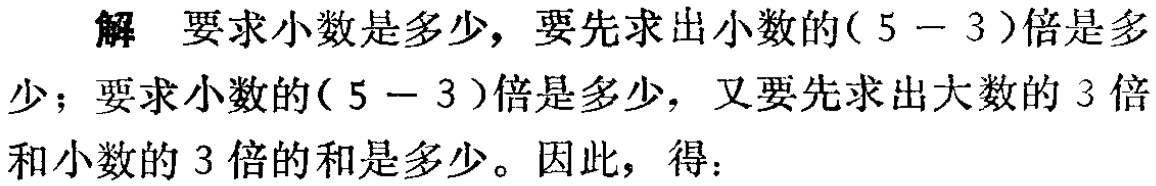
解 要求小数是多少，要先求出小数的\((5 - 3)\)倍是多少；要求小数的\((5 - 3)\)倍是多少，又要先求出大数的\(3\)倍和小数的\(3\)倍的和是多少。因此，得：